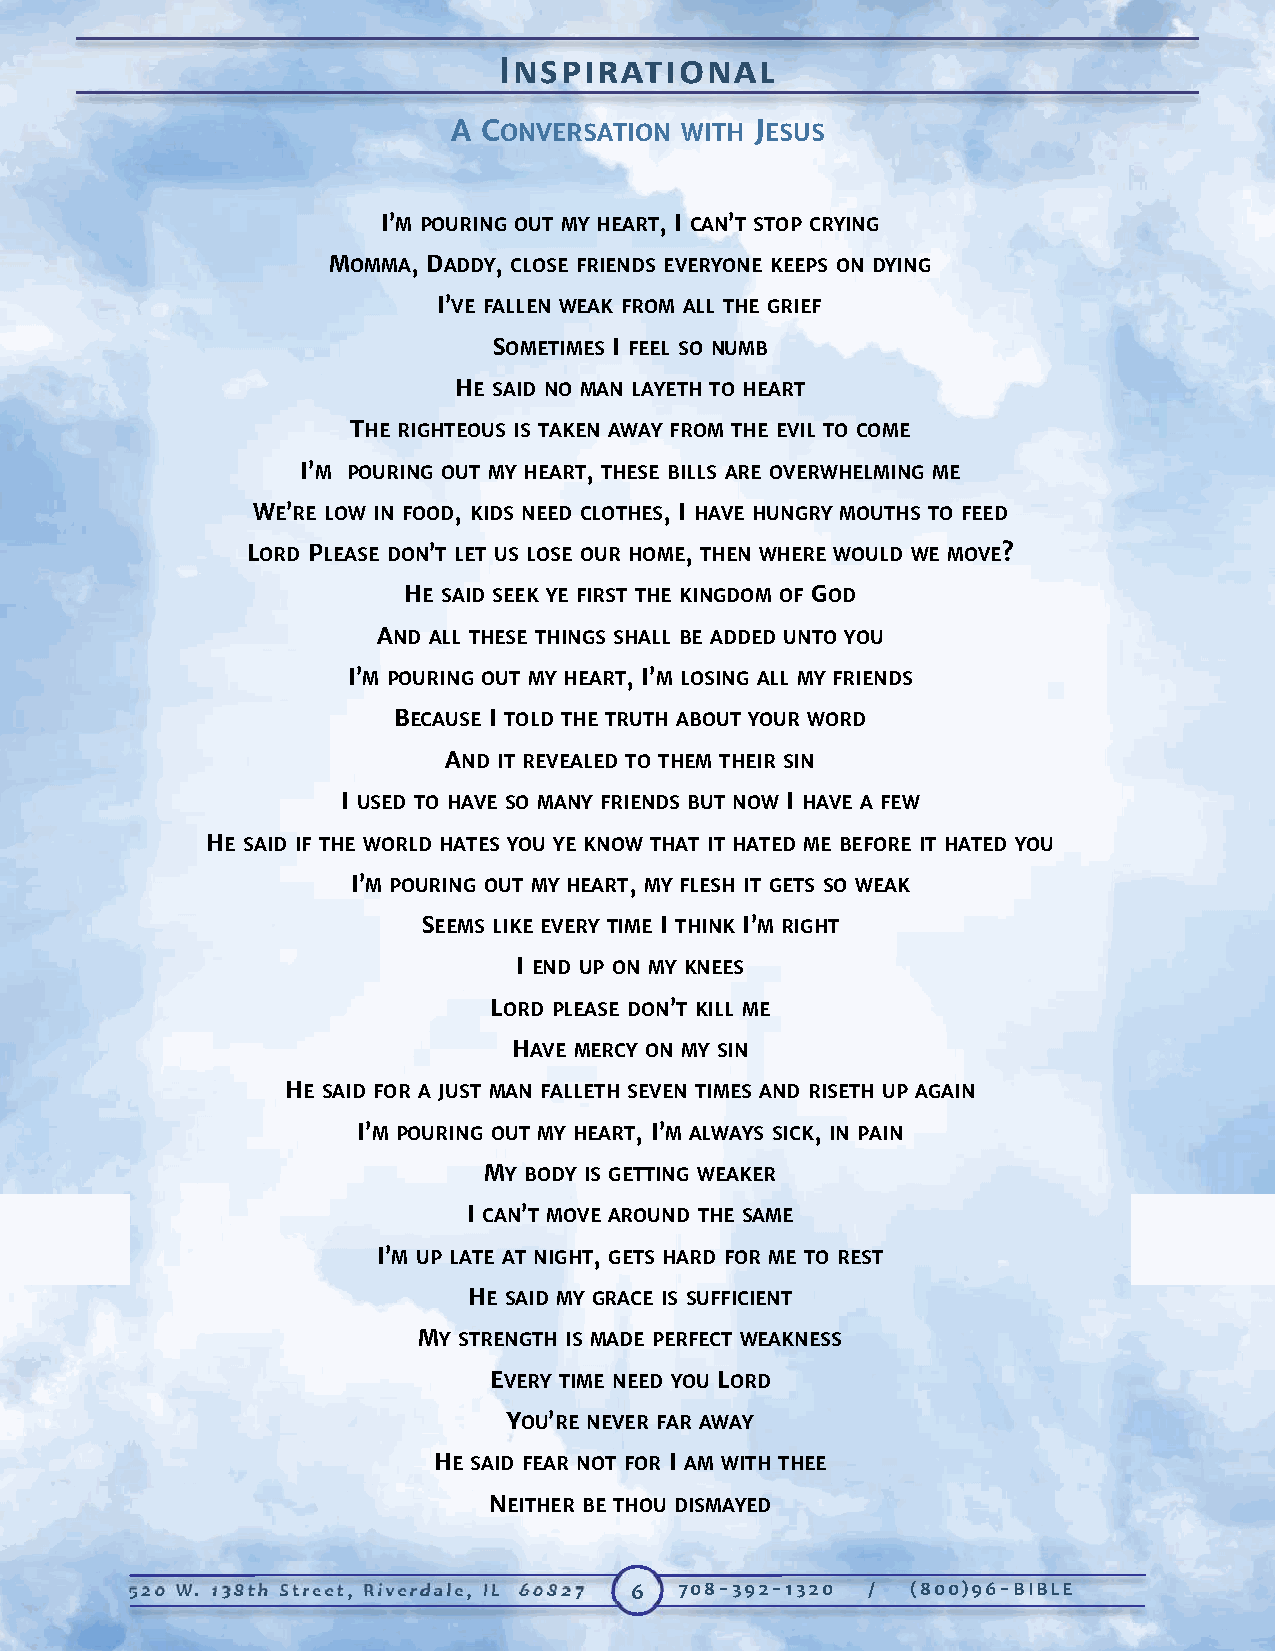
INSPIRATIONAL
 A CONVERSATION WITH JESUS
 I’M POURING OUT MY HEART, I CAN’T STOP CRYING
 MOMMA, DADDY, CLOSE FRIENDS EVERYONE KEEPS ON DYING
 I’VE FALLEN WEAK FROM ALL THE GRIEF
 SOMETIMES I FEEL SO NUMB
 HE SAID NO MAN LAYETH TO HEART
 THE RIGHTEOUS IS TAKEN AWAY FROM THE EVIL TO COME
 I’M POURING OUT MY HEART, THESE BILLS ARE OVERWHELMING ME
 WE’RE LOW IN FOOD, KIDS NEED CLOTHES, I HAVE HUNGRY MOUTHS TO FEED
 LORD PLEASE DON’T LET US LOSE OUR HOME, THEN WHERE WOULD WE MOVE?
 HE SAID SEEK YE FIRST THE KINGDOM OF GOD
 AND ALL THESE THINGS SHALL BE ADDED UNTO YOU
 I’M POURING OUT MY HEART, I’M LOSING ALL MY FRIENDS
 BECAUSE I TOLD THE TRUTH ABOUT YOUR WORD
 AND IT REVEALED TO THEM THEIR SIN
 I USED TO HAVE SO MANY FRIENDS BUT NOW I HAVE A FEW
 HE SAID IF THE WORLD HATES YOU YE KNOW THAT IT HATED ME BEFORE IT HATED YOU
 I’M POURING OUT MY HEART, MY FLESH IT GETS SO WEAK
 SEEMS LIKE EVERY TIME I THINK I’M RIGHT
 I END UP ON MY KNEES
 LORD PLEASE DON’T KILL ME
 HAVE MERCY ON MY SIN
 HE SAID FOR A JUST MAN FALLETH SEVEN TIMES AND RISETH UP AGAIN
 I’M POURING OUT MY HEART, I’M ALWAYS SICK, IN PAIN
 MY BODY IS GETTING WEAKER
 I CAN’T MOVE AROUND THE SAME
 I’M UP LATE AT NIGHT, GETS HARD FOR ME TO REST
 HE SAID MY GRACE IS SUFFICIENT
 MY STRENGTH IS MADE PERFECT WEAKNESS
 EVERY TIME NEED YOU LORD
 YOU’RE NEVER FAR AWAY
 HE SAID FEAR NOT FOR I AM WITH THEE
 NEITHER BE THOU DISMAYED
 520 W. 138th Street, Riverdale, IL 60827 6 708-392-1320 / (800)96-BIBLE